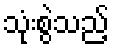
သုံးစွဲသည့်